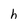
Character: h